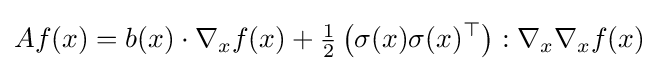
Af(x)=b(x)\cdot \nabla _{x}f(x)+{\tfrac {1}{2}}\left(\sigma (x)\sigma (x)^{\top }\right):\nabla _{x}\nabla _{x}f(x)